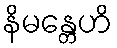
နိမန္တေဟိ